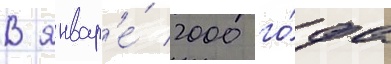
В январ'е́ 2000 го́да